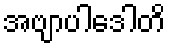
အဗျာပါဒေါတိ